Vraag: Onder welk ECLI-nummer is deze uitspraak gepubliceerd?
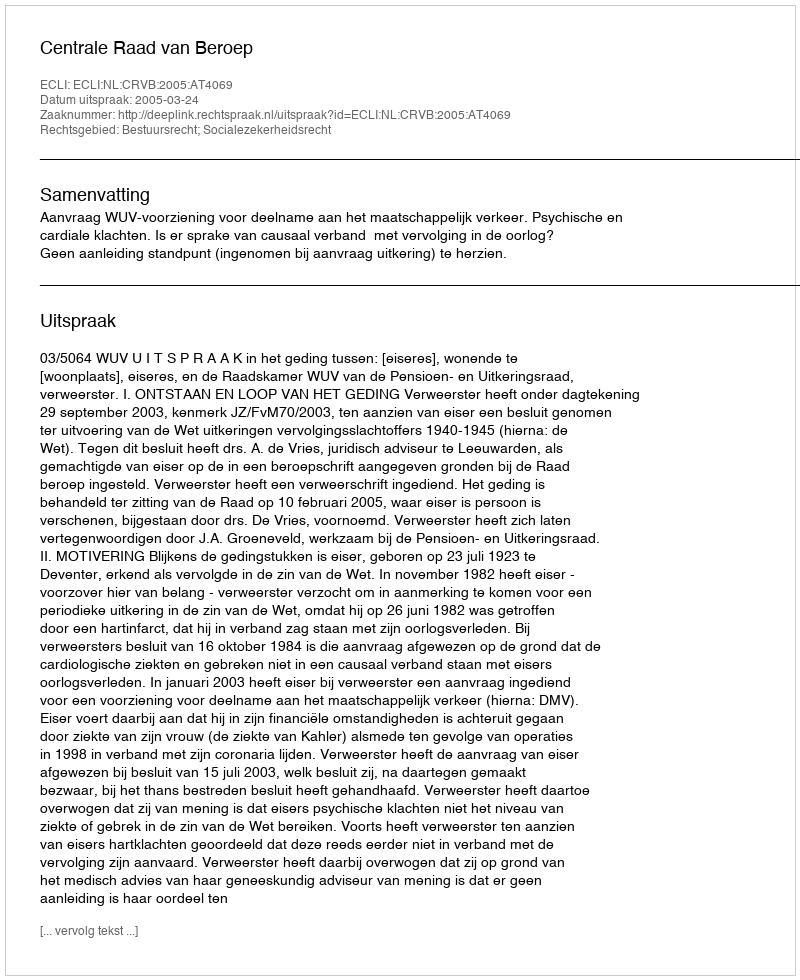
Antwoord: ECLI:NL:CRVB:2005:AT4069